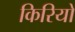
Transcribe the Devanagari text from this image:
किरियो